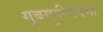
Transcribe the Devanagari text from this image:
गुबगुबीतपणा